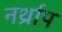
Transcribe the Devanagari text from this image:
नर्थ्राप